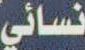
نسائي